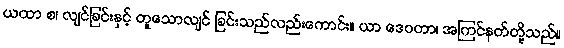
ယထာ စ၊ လျင်ခြင်းနှင့် တူသောလျင် ခြင်းသည်လည်းကောင်း။ ယာ ဒေဝတာ၊ အကြင်နတ်တို့သည်။